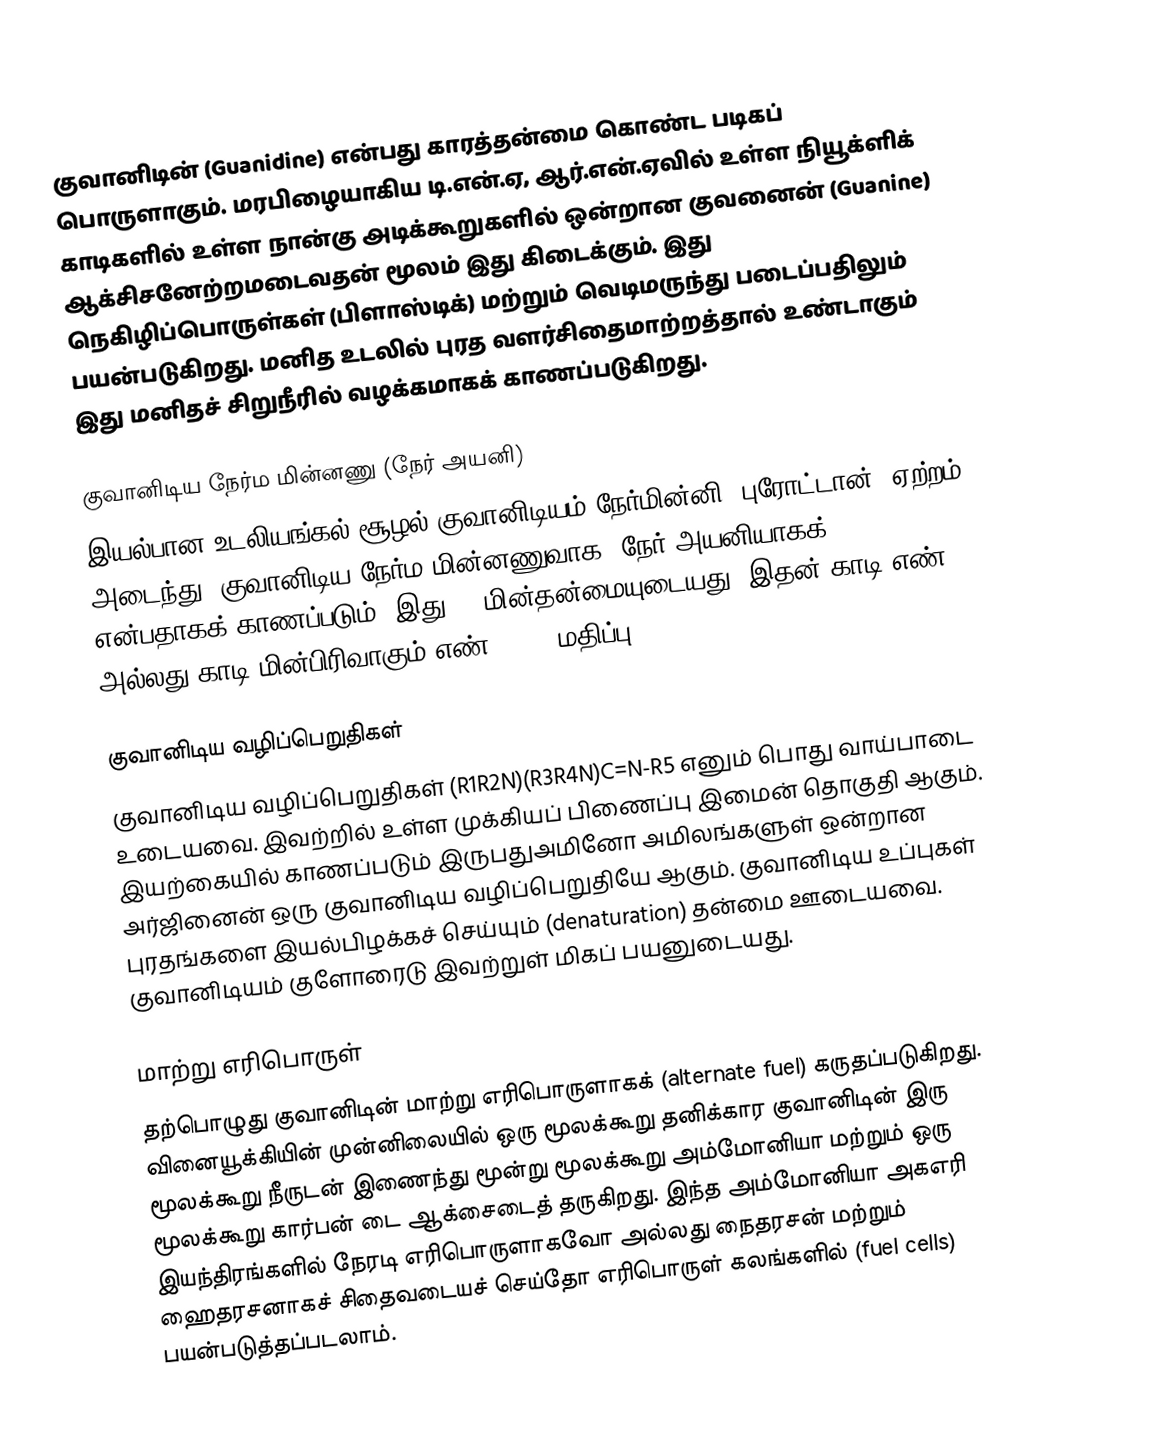
குவானிடின் (Guanidine) என்பது  காரத்தன்மை கொண்ட படிகப் பொருளாகும். மரபிழையாகிய டி.என்.ஏ, ஆர்.என்.ஏவில் உள்ள நியூக்ளிக் காடிகளில் உள்ள நான்கு அடிக்கூறுகளில் ஒன்றான குவனைன் (Guanine) ஆக்சிசனேற்றமடைவதன் மூலம் இது கிடைக்கும். இது நெகிழிப்பொருள்கள் (பிளாஸ்டிக்) மற்றும் வெடிமருந்து படைப்பதிலும் பயன்படுகிறது. மனித உடலில் புரத வளர்சிதைமாற்றத்தால் உண்டாகும் இது மனிதச் சிறுநீரில் வழக்கமாகக் காணப்படுகிறது.

குவானிடிய நேர்ம மின்னணு (நேர் அயனி)
இயல்பான உடலியங்கல் சூழல் குவானிடியம் நேர்மின்னி (புரோட்டான்) ஏற்றம் அடைந்து, குவானிடிய நேர்ம மின்னணுவாக (நேர் அயனியாகக்) [CH6N3]+  என்பதாகக் காணப்படும். இது +1 மின்தன்மையுடையது. இதன் காடி எண் அல்லது காடி மின்பிரிவாகும் எண்,  pKa,  மதிப்பு  12.5.

குவானிடிய வழிப்பெறுதிகள்
குவானிடிய வழிப்பெறுதிகள் (R1R2N)(R3R4N)C=N-R5  எனும் பொது வாய்பாடை உடையவை. இவற்றில் உள்ள முக்கியப் பிணைப்பு இமைன் தொகுதி ஆகும். இயற்கையில் காணப்படும் இருபதுஅமினோ அமிலங்களுள் ஒன்றான அர்ஜினைன் ஒரு குவானிடிய வழிப்பெறுதியே ஆகும். குவானிடிய உப்புகள் புரதங்களை இயல்பிழக்கச் செய்யும் (denaturation) தன்மை ஊடையவை. குவானிடியம் குளோரைடு இவற்றுள் மிகப் பயனுடையது.

மாற்று எரிபொருள்
தற்பொழுது குவானிடின் மாற்று எரிபொருளாகக் (alternate fuel) கருதப்படுகிறது. வினையூக்கியின் முன்னிலையில் ஒரு மூலக்கூறு தனிக்கார குவானிடின் இரு மூலக்கூறு நீருடன் இணைந்து மூன்று மூலக்கூறு அம்மோனியா மற்றும் ஒரு மூலக்கூறு கார்பன் டை ஆக்சைடைத் தருகிறது. இந்த அம்மோனியா அகஎரி இயந்திரங்களில் நேரடி எரிபொருளாகவோ அல்லது நைதரசன் மற்றும் ஹைதரசனாகச் சிதைவடையச் செய்தோ எரிபொருள் கலங்களில் (fuel cells) பயன்படுத்தப்படலாம்.